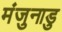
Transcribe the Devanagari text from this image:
मंजुनाडु